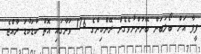
ފީފާ އަށް ބޯލަބަން ބޭނުންނުވެގެން ރޭންކިންގެ 176 ވަނާގައި އޮތް ކުޑަކުޑަ ރާއްޖެ